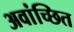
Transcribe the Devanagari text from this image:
अवांच्छित